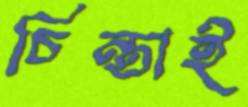
চিন্তাই